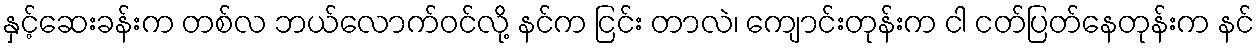
နှင့်ဆေးခန်းက တစ်လ ဘယ်လောက်ဝင်လို့ နင်က ငြင်း တာလဲ၊ ကျောင်းတုန်းက ငါ ငတ်ပြတ်နေတုန်းက နင်